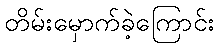
တိမ်းမှောက်ခဲ့ကြောင်း